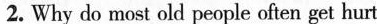
2. Why do most old people often get hurt